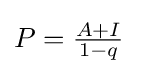
\textstyle P={\frac {A+I}{1-q}}\,\